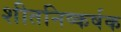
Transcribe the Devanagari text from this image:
शीतनिष्कर्षक